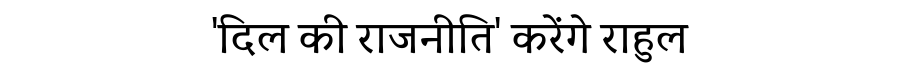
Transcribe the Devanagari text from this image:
'दिल की राजनीति' करेंगे राहुल